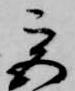
宮